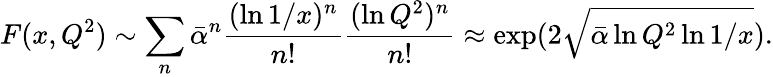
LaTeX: F(x,Q^{2})\sim\sum_{n}\bar{\alpha}^{n}\frac{(\ln 1/x)^{n}}{n!}\frac{(\ln Q^{2})^{n}}{n!}\approx\exp(2\sqrt{\bar{\alpha}\ln Q^{2}\ln 1/x}).